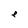
Character: e